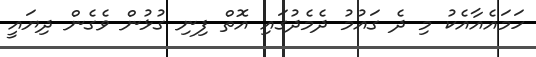
ހަމައެއާއެކު މި ދެ ގައުމު ދެމެދުގައި އޮތް ފިނި ގުޅުން ވެގެން ދިޔައީ